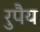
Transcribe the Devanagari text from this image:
रुपैय